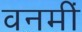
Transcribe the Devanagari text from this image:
वनमीं